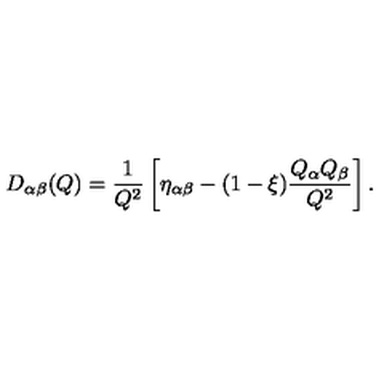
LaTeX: D _ { \alpha \beta } ( Q ) = \frac { 1 } { Q ^ { 2 } } \left[ \eta _ { \alpha \beta } - ( 1 - \xi ) \frac { Q _ { \alpha } Q _ { \beta } } { Q ^ { 2 } } \right] .